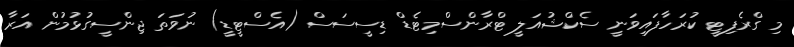
މި ގްރެފިޓީ ކުރަހާފައިވަނީ ސެކްޝުއަލީ ޓްރާންސްމިޓެޑް ޑިސީސަސް (އެސްޓީޑީ) ނުވަތަ ޖިންސީގުޅުމުން އަރާ